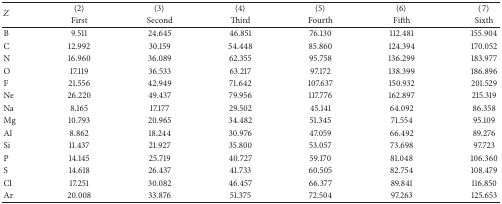
| <ROWSPAN=2> Z | (2) | (3) | (4) | (5) | (6) | (7) |
 | First | Second | Third | Fourth | Fifth | Sixth |
 | --- | --- | --- | --- | --- | --- | --- |
 | B | 9.511 | 24.645 | 46.851 | 76.130 | 112.481 | 155.904 |
 | C | 12.992 | 30.159 | 54.448 | 85.860 | 124.394 | 170.052 |
 | N | 16.960 | 36.089 | 62.355 | 95.758 | 136.299 | 183.977 |
 | O | 17.119 | 36.533 | 63.217 | 97.172 | 138.399 | 186.896 |
 | F | 21.556 | 42.949 | 71.642 | 107.637 | 150.932 | 201.529 |
 | Ne | 26.220 | 49.437 | 79.956 | 117.776 | 162.897 | 215.319 |
 | Na | 8.165 | 17.177 | 29.502 | 45.141 | 64.092 | 86.358 |
 | Mg | 10.793 | 20.965 | 34.482 | 51.345 | 71.554 | 95.109 |
 | Al | 8.862 | 18.244 | 30.976 | 47.059 | 66.492 | 89.276 |
 | Si | 11.437 | 21.927 | 35.800 | 53.057 | 73.698 | 97.723 |
 | P | 14.145 | 25.719 | 40.727 | 59.170 | 81.048 | 106.360 |
 | S | 14.618 | 26.437 | 41.733 | 60.505 | 82.754 | 108.479 |
 | Cl | 17.251 | 30.082 | 46.457 | 66.377 | 89.841 | 116.850 |
 | Ar | 20.008 | 33.876 | 51.375 | 72.504 | 97.263 | 125.653 |